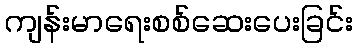
ကျန်းမာရေးစစ်ဆေးပေးခြင်း